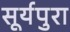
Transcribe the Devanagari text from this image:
सूर्यपुरा